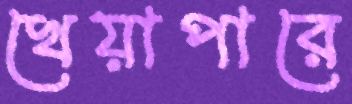
খেয়াপারে